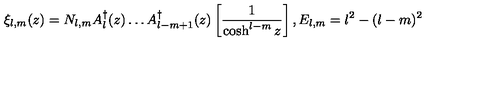
\xi _ { l , m } ( z ) = N _ { l , m } A _ { l } ^ { \dagger } ( z ) \dots A _ { l - m + 1 } ^ { \dagger } ( z ) \left[ \frac { 1 } { \cosh ^ { l - m } z } \right] , E _ { l , m } = l ^ { 2 } - ( l - m ) ^ { 2 }